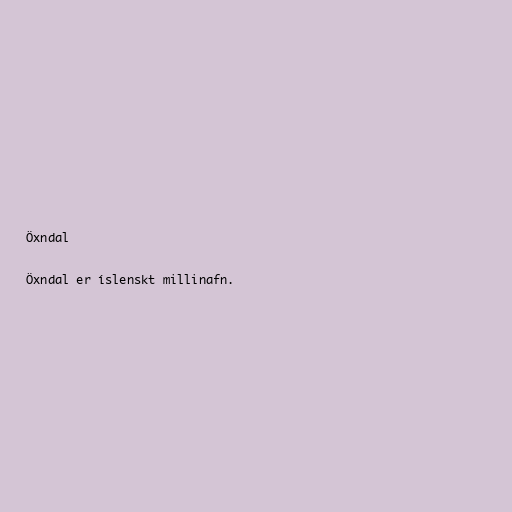
Öxndal

Öxndal er íslenskt millinafn.